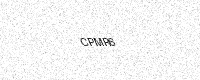
Text: CPMR6